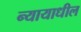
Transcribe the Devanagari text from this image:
न्यायाधील